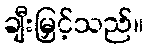
ချီးမြှင့်သည်။